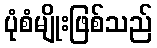
ပုံစံမျိုးဖြစ်သည်